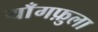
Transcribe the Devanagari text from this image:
याँगफ़ुला